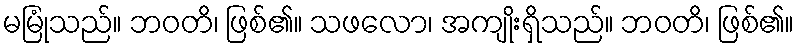
မမြုံသည်။ ဘဝတိ၊ ဖြစ်၏။ သဖလော၊ အကျိုးရှိသည်။ ဘဝတိ၊ ဖြစ်၏။